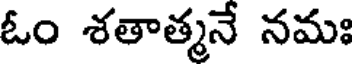
ఓం శతాత్మనే నమః